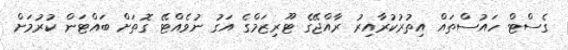
ގެސްޓް ހައުސްތައް އިތުރުކުރާއިރު ރާއްޖޭގެ ޓޫރިޒަމްގެ އަގު ނުވެއްޓޭ ގޮތަށް ބައްޓަން ކުރުމަށް